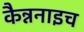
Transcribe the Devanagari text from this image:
कैन्ननाइच